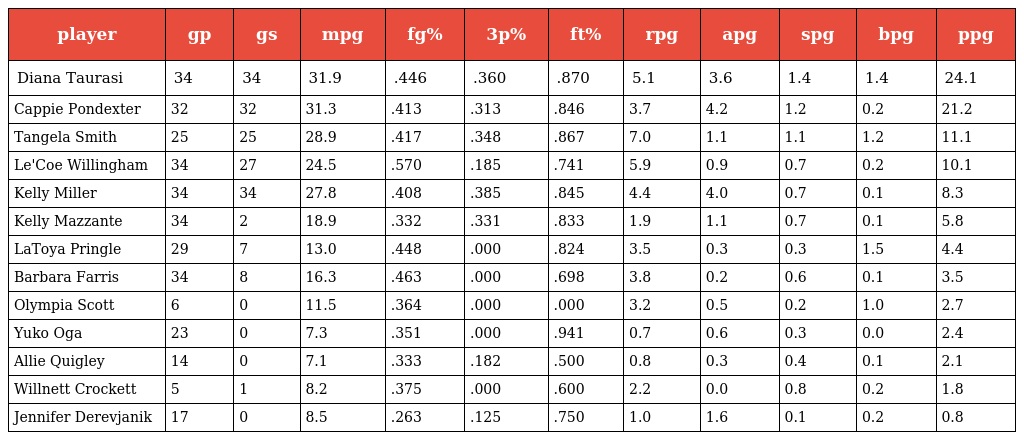
| player | gp | gs | mpg | fg% | 3p% | ft% | rpg | apg | spg | bpg | ppg |
 | --- | --- | --- | --- | --- | --- | --- | --- | --- | --- | --- | --- |
 | Diana Taurasi | 34 | 34 | 31.9 | .446 | .360 | .870 | 5.1 | 3.6 | 1.4 | 1.4 | 24.1 |
 | Cappie Pondexter | 32 | 32 | 31.3 | .413 | .313 | .846 | 3.7 | 4.2 | 1.2 | 0.2 | 21.2 |
 | Tangela Smith | 25 | 25 | 28.9 | .417 | .348 | .867 | 7.0 | 1.1 | 1.1 | 1.2 | 11.1 |
 | Le'Coe Willingham | 34 | 27 | 24.5 | .570 | .185 | .741 | 5.9 | 0.9 | 0.7 | 0.2 | 10.1 |
 | Kelly Miller | 34 | 34 | 27.8 | .408 | .385 | .845 | 4.4 | 4.0 | 0.7 | 0.1 | 8.3 |
 | Kelly Mazzante | 34 | 2 | 18.9 | .332 | .331 | .833 | 1.9 | 1.1 | 0.7 | 0.1 | 5.8 |
 | LaToya Pringle | 29 | 7 | 13.0 | .448 | .000 | .824 | 3.5 | 0.3 | 0.3 | 1.5 | 4.4 |
 | Barbara Farris | 34 | 8 | 16.3 | .463 | .000 | .698 | 3.8 | 0.2 | 0.6 | 0.1 | 3.5 |
 | Olympia Scott | 6 | 0 | 11.5 | .364 | .000 | .000 | 3.2 | 0.5 | 0.2 | 1.0 | 2.7 |
 | Yuko Oga | 23 | 0 | 7.3 | .351 | .000 | .941 | 0.7 | 0.6 | 0.3 | 0.0 | 2.4 |
 | Allie Quigley | 14 | 0 | 7.1 | .333 | .182 | .500 | 0.8 | 0.3 | 0.4 | 0.1 | 2.1 |
 | Willnett Crockett | 5 | 1 | 8.2 | .375 | .000 | .600 | 2.2 | 0.0 | 0.8 | 0.2 | 1.8 |
 | Jennifer Derevjanik | 17 | 0 | 8.5 | .263 | .125 | .750 | 1.0 | 1.6 | 0.1 | 0.2 | 0.8 |